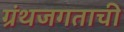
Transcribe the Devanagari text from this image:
ग्रंथजगताची